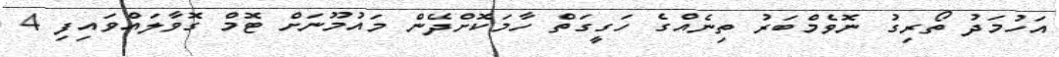
އަހުމަދު ތޯރިގު ނޮވެމްބަރު ތިނެއްގެ ހަގީގަތް ހާމަކޮށްދޭން މައުމޫނަށް ޓޮމް ގޮވާލައްވައިފި 4